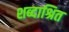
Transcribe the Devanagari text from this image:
शब्दाश्रित